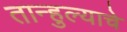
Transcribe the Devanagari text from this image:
तान्हुल्याचे